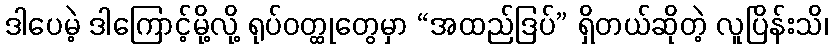
ဒါပေမဲ့ ဒါကြောင့်မို့လို့ ရုပ်ဝတ္ထုတွေမှာ “အထည်ဒြပ်” ရှိတယ်ဆိုတဲ့ လူပြိန်းသိ၊